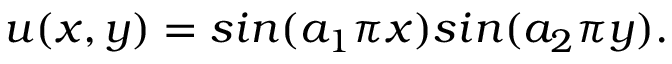
u ( x , y ) = s i n ( a _ { 1 } \pi x ) s i n ( a _ { 2 } \pi y ) .